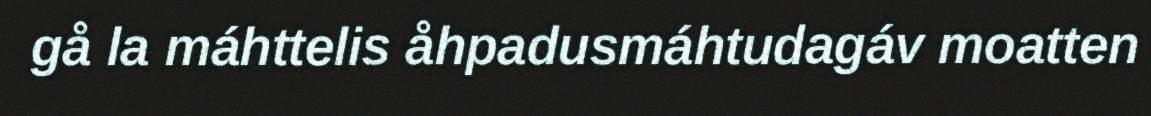
gå la máhttelis åhpadusmáhtudagáv moatten